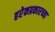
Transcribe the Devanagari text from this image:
हरेकप्रकारच्या